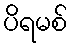
ပိရမစ်